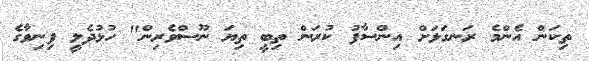
ތިކަން އެންމެ ރަނގަޅަށް އިންސާފު ކުރަން ތިބީ ތިޔަ ނޫސްވެރިން" ހުޅުދެލީ ފިނިވާގެ